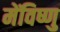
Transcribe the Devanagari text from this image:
मेंविष्णु